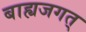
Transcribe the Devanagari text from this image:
बाह्यजगत्‌